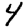
Digit: 4